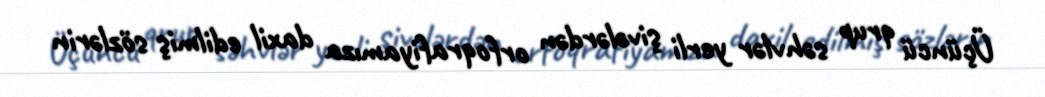
Üçüncü qrup səhvlər yerli şivələrdən orfoqrafiyamıza daxil edilmiş sözlərin